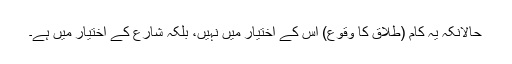
حالانکہ یہ کام (طلاق کا وقوع) اس کے اختیار میں نہیں، بلکہ شارع کے اختیار میں ہے۔